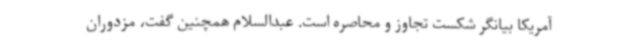
آمریکا بیانگر شکست تجاوز و محاصره است. عبدالسلام همچنین گفت، مزدوران